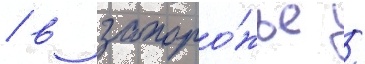
/ в запоро́жье /